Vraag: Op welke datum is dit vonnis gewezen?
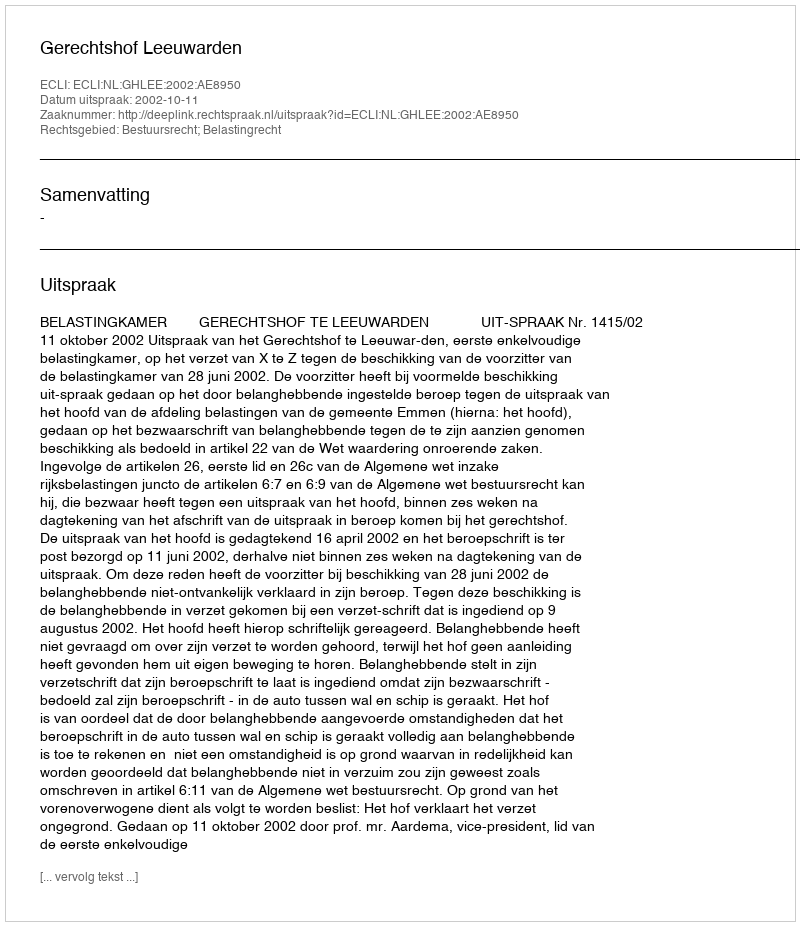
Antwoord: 2002-10-11